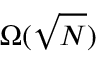
\Omega ( { \sqrt { N } } )